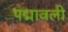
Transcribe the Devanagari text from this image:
पद्मावली